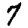
Digit: 7